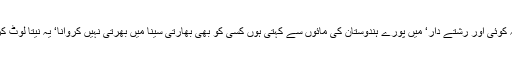
بھارتی فوجی کی ماں نے کہا: نہیں، نہ پوتا نہ نواسہ نہ کوئی اور رشتے دار‘ میں پورے ہندوستان کی مائوں سے کہتی ہوں کسی کو بھی بھارتی سینا میں بھرتی نہیں کروانا‘ یہ نیتا لُوٹ کر کھا گئے‘ ان کے اپنے بچے فوج میں کیوں نہ جائیں؟